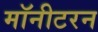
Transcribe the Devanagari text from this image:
मॉनीटरन